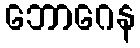
ဘောဂေန